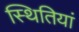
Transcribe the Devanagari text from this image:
स्‍थितियां